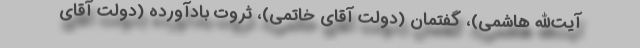
آیت‌الله هاشمی)، گفتمان (دولت آقای خاتمی)، ثروت بادآورده (دولت آقای